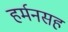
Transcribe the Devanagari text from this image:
हर्मनसह